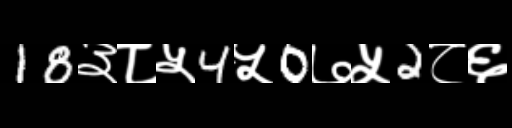
Text: 18३८५4५0७५2८६